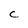
Character: C